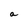
Character: a